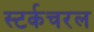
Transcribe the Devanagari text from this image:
स्टर्कचरल